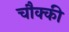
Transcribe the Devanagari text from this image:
चौक्की